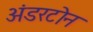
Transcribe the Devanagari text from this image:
अंडरटोन